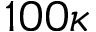
1 0 0 \kappa